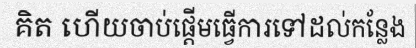
គិត ហើយចាប់ផ្តើមធ្វើការទៅដល់កន្លែង